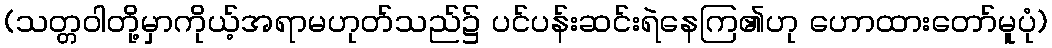
(သတ္တဝါတို့မှာကိုယ့်အရာမဟုတ်သည်၌ ပင်ပန်းဆင်းရဲနေကြ၏ဟု ဟောထားတော်မူပုံ)